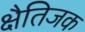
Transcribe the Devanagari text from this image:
क्षैतिजक